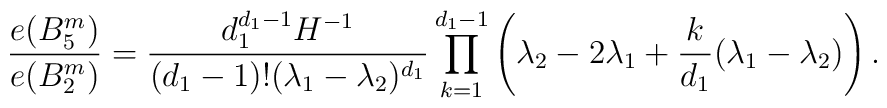
{e(B^m_5)\over e(B^m_2)} ={d_1^{d_1-1}H^{-1} \over (d_1-1)!(\lambda_1-\lambda_2)^{d_1}}\prod_{k=1}^{d_1-1} \left(\lambda_2-2\lambda_1+{k\over d_1}(\lambda_1-\lambda_2)\right).